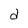
Character: d